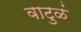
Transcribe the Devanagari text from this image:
वाटुळं